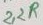
Text: 2.2R